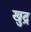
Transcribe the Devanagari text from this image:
खुद्र